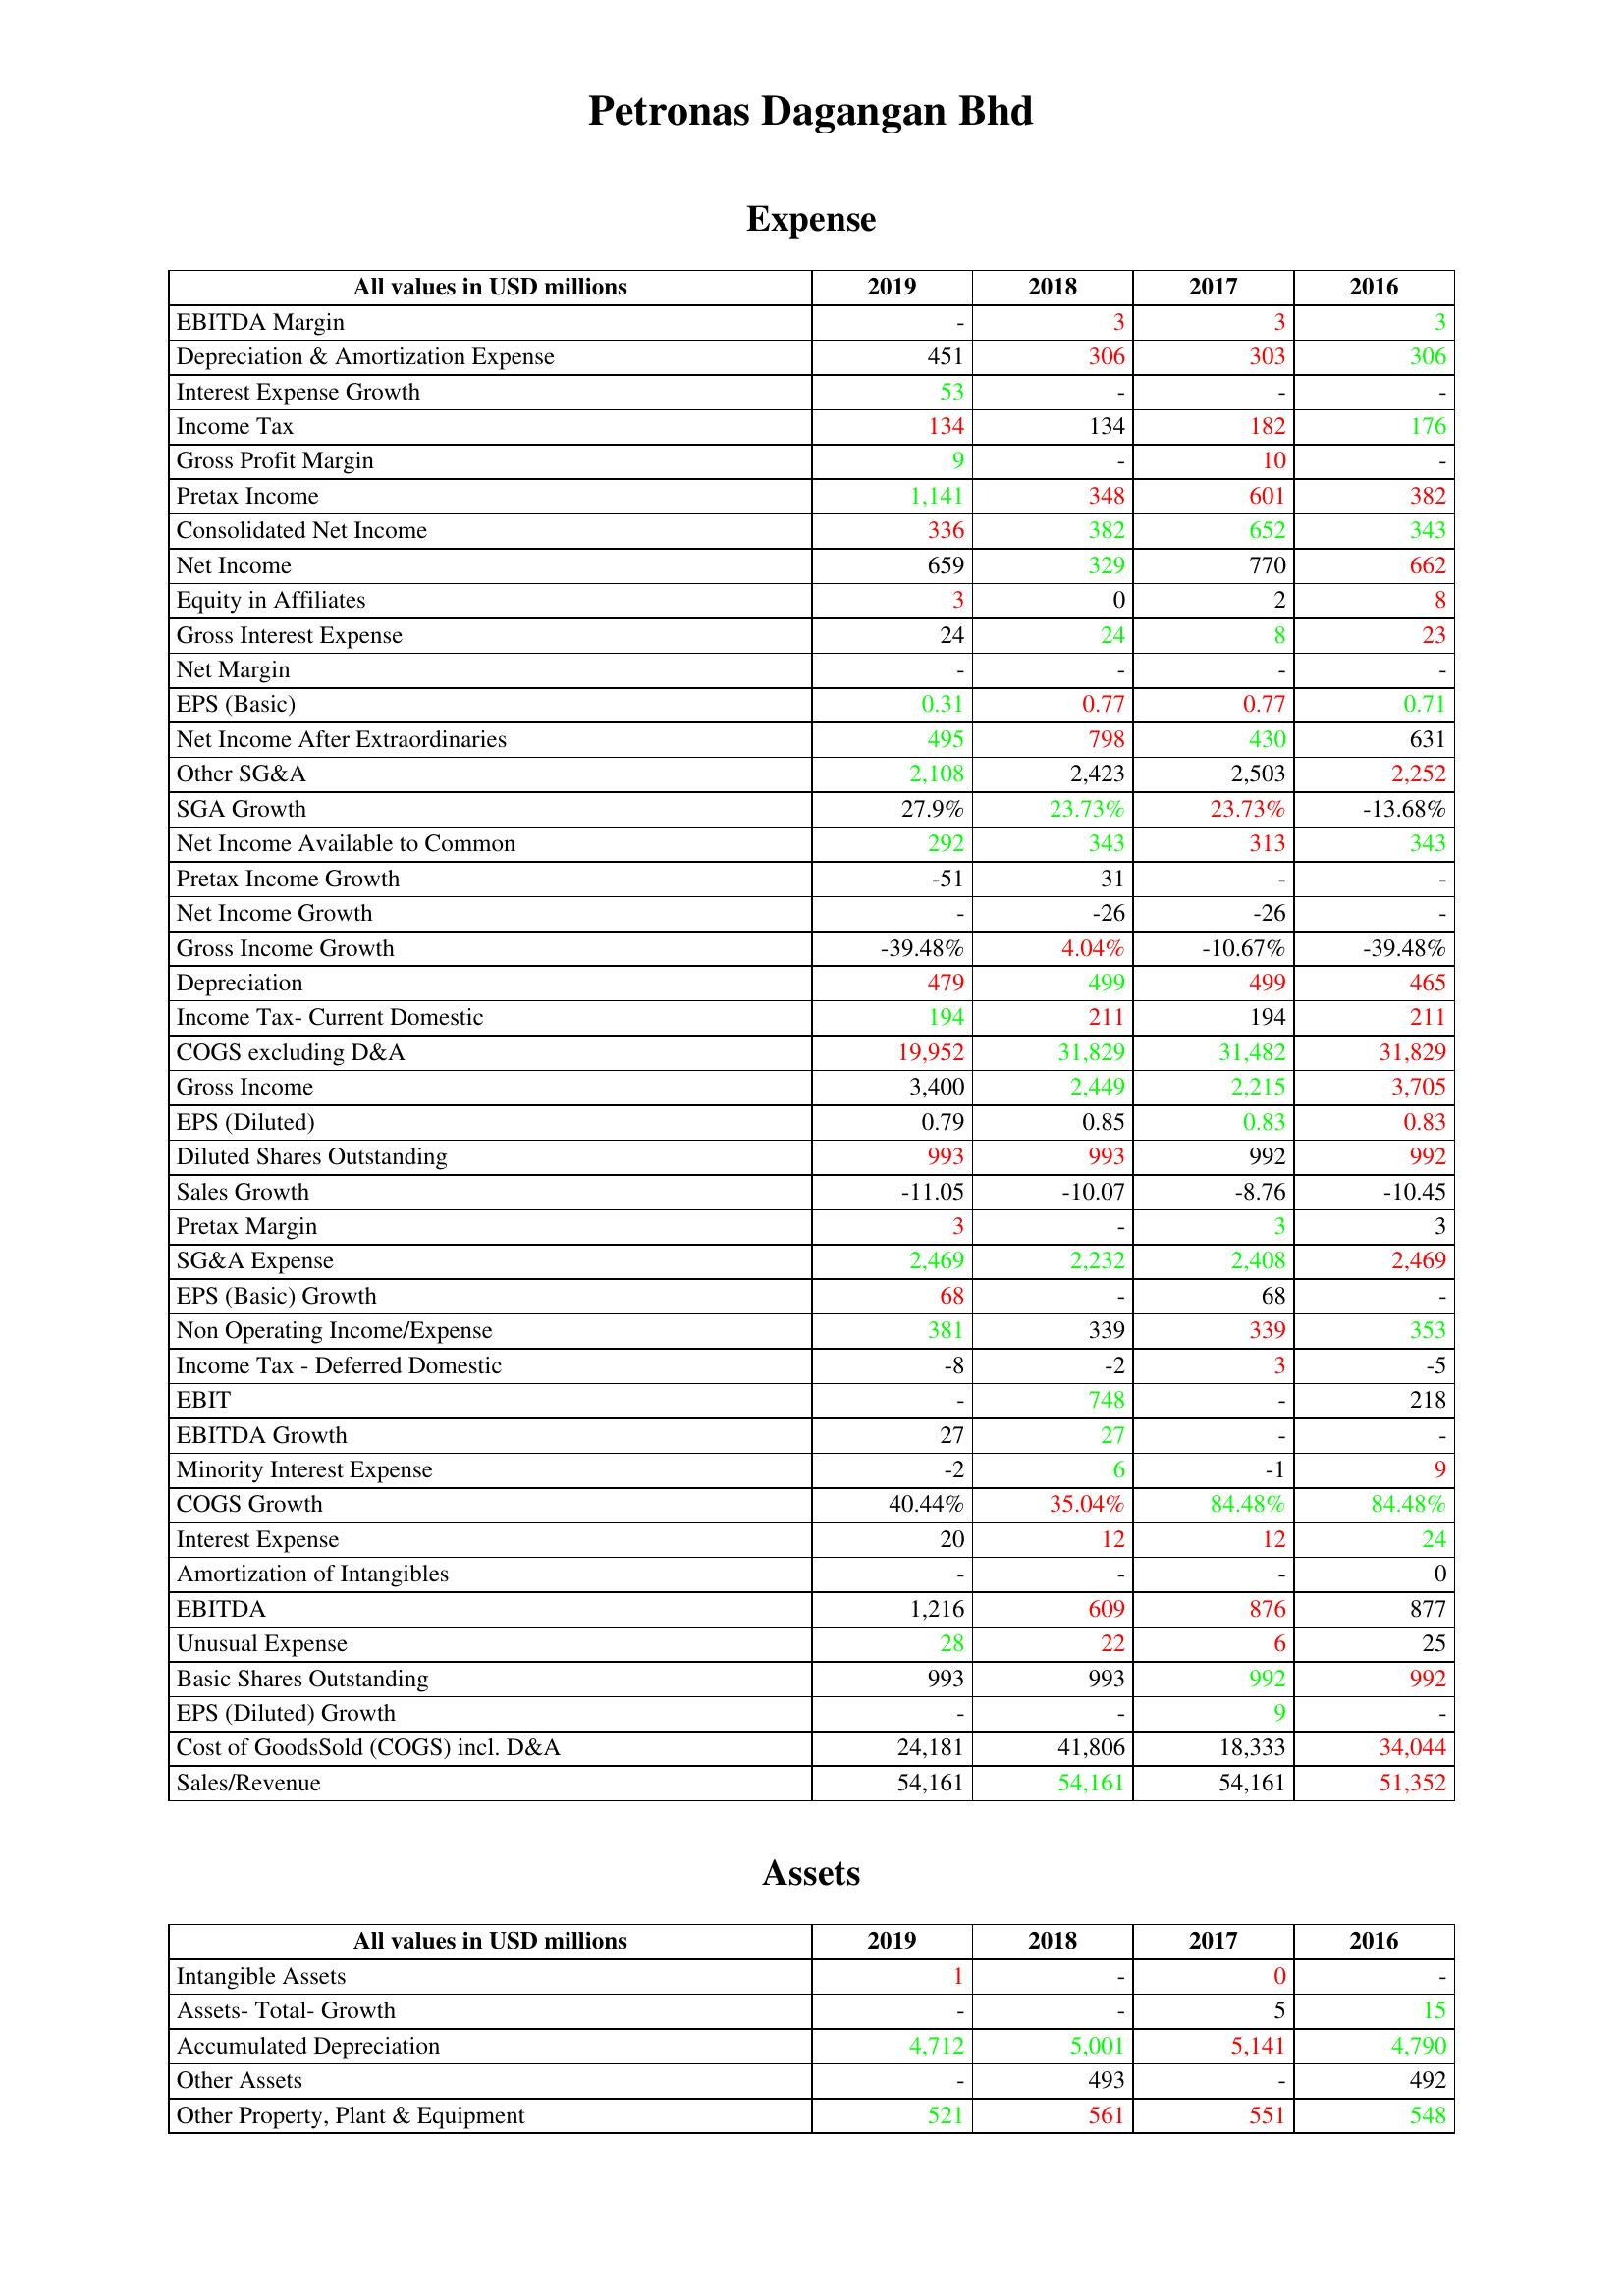
gt_parse: 2019: Expense: EBITDA Margin: -
Depreciation & Amortization Expense: 451
Interest Expense Growth: 53
Income Tax: 134
Gross Profit Margin: 9
Pretax Income: 1,141
Consolidated Net Income: 336
Net Income: 659
Equity in Affiliates: 3
Gross Interest Expense: 24
Net Margin: -
EPS (Basic): 0.31
Net Income After Extraordinaries: 495
Other SG&A: 2,108
SGA Growth: 27.9%
Net Income Available to Common: 292
Pretax Income Growth: -51
Net Income Growth: -
Gross Income Growth: -39.48%
Depreciation: 479
Income Tax- Current Domestic: 194
COGS excluding D&A: 19,952
Gross Income: 3,400
EPS (Diluted): 0.79
Diluted Shares Outstanding: 993
Sales Growth: -11.05
Pretax Margin: 3
SG&A Expense: 2,469
EPS (Basic) Growth: 68
Non Operating Income/Expense: 381
Income Tax - Deferred Domestic: -8
EBIT: -
EBITDA Growth: 27
Minority Interest Expense: -2
COGS Growth: 40.44%
Interest Expense: 20
Amortization of Intangibles: -
EBITDA: 1,216
Unusual Expense: 28
Basic Shares Outstanding: 993
EPS (Diluted) Growth: -
Cost of GoodsSold (COGS) incl. D&A: 24,181
Sales/Revenue: 54,161
Assets: Intangible Assets: 1
Assets- Total- Growth: -
Accumulated Depreciation: 4,712
Other Assets: -
Other Property, Plant & Equipment: 521
2018: Expense: EBITDA Margin: 3
Depreciation & Amortization Expense: 306
Interest Expense Growth: -
Income Tax: 134
Gross Profit Margin: -
Pretax Income: 348
Consolidated Net Income: 382
Net Income: 329
Equity in Affiliates: 0
Gross Interest Expense: 24
Net Margin: -
EPS (Basic): 0.77
Net Income After Extraordinaries: 798
Other SG&A: 2,423
SGA Growth: 23.73%
Net Income Available to Common: 343
Pretax Income Growth: 31
Net Income Growth: -26
Gross Income Growth: 4.04%
Depreciation: 499
Income Tax- Current Domestic: 211
COGS excluding D&A: 31,829
Gross Income: 2,449
EPS (Diluted): 0.85
Diluted Shares Outstanding: 993
Sales Growth: -10.07
Pretax Margin: -
SG&A Expense: 2,232
EPS (Basic) Growth: -
Non Operating Income/Expense: 339
Income Tax - Deferred Domestic: -2
EBIT: 748
EBITDA Growth: 27
Minority Interest Expense: 6
COGS Growth: 35.04%
Interest Expense: 12
Amortization of Intangibles: -
EBITDA: 609
Unusual Expense: 22
Basic Shares Outstanding: 993
EPS (Diluted) Growth: -
Cost of GoodsSold (COGS) incl. D&A: 41,806
Sales/Revenue: 54,161
Assets: Intangible Assets: -
Assets- Total- Growth: -
Accumulated Depreciation: 5,001
Other Assets: 493
Other Property, Plant & Equipment: 561
2017: Expense: EBITDA Margin: 3
Depreciation & Amortization Expense: 303
Interest Expense Growth: -
Income Tax: 182
Gross Profit Margin: 10
Pretax Income: 601
Consolidated Net Income: 652
Net Income: 770
Equity in Affiliates: 2
Gross Interest Expense: 8
Net Margin: -
EPS (Basic): 0.77
Net Income After Extraordinaries: 430
Other SG&A: 2,503
SGA Growth: 23.73%
Net Income Available to Common: 313
Pretax Income Growth: -
Net Income Growth: -26
Gross Income Growth: -10.67%
Depreciation: 499
Income Tax- Current Domestic: 194
COGS excluding D&A: 31,482
Gross Income: 2,215
EPS (Diluted): 0.83
Diluted Shares Outstanding: 992
Sales Growth: -8.76
Pretax Margin: 3
SG&A Expense: 2,408
EPS (Basic) Growth: 68
Non Operating Income/Expense: 339
Income Tax - Deferred Domestic: 3
EBIT: -
EBITDA Growth: -
Minority Interest Expense: -1
COGS Growth: 84.48%
Interest Expense: 12
Amortization of Intangibles: -
EBITDA: 876
Unusual Expense: 6
Basic Shares Outstanding: 992
EPS (Diluted) Growth: 9
Cost of GoodsSold (COGS) incl. D&A: 18,333
Sales/Revenue: 54,161
Assets: Intangible Assets: 0
Assets- Total- Growth: 5
Accumulated Depreciation: 5,141
Other Assets: -
Other Property, Plant & Equipment: 551
2016: Expense: EBITDA Margin: 3
Depreciation & Amortization Expense: 306
Interest Expense Growth: -
Income Tax: 176
Gross Profit Margin: -
Pretax Income: 382
Consolidated Net Income: 343
Net Income: 662
Equity in Affiliates: 8
Gross Interest Expense: 23
Net Margin: -
EPS (Basic): 0.71
Net Income After Extraordinaries: 631
Other SG&A: 2,252
SGA Growth: -13.68%
Net Income Available to Common: 343
Pretax Income Growth: -
Net Income Growth: -
Gross Income Growth: -39.48%
Depreciation: 465
Income Tax- Current Domestic: 211
COGS excluding D&A: 31,829
Gross Income: 3,705
EPS (Diluted): 0.83
Diluted Shares Outstanding: 992
Sales Growth: -10.45
Pretax Margin: 3
SG&A Expense: 2,469
EPS (Basic) Growth: -
Non Operating Income/Expense: 353
Income Tax - Deferred Domestic: -5
EBIT: 218
EBITDA Growth: -
Minority Interest Expense: 9
COGS Growth: 84.48%
Interest Expense: 24
Amortization of Intangibles: 0
EBITDA: 877
Unusual Expense: 25
Basic Shares Outstanding: 992
EPS (Diluted) Growth: -
Cost of GoodsSold (COGS) incl. D&A: 34,044
Sales/Revenue: 51,352
Assets: Intangible Assets: -
Assets- Total- Growth: 15
Accumulated Depreciation: 4,790
Other Assets: 492
Other Property, Plant & Equipment: 548